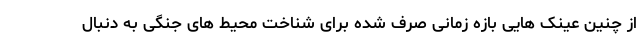
از چنین عینک هایی بازه زمانی صرف شده برای شناخت محیط های جنگی به دنبال